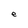
Character: e